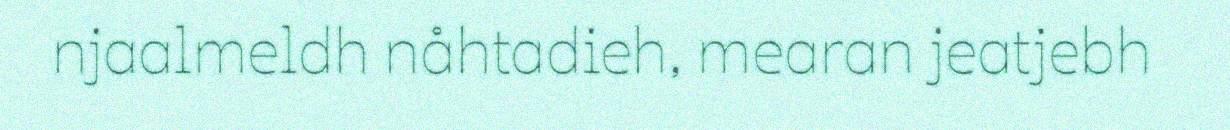
njaalmeldh nåhtadieh, mearan jeatjebh